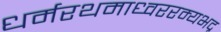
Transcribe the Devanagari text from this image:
धर्मरथमाध्वररम्यभद्र